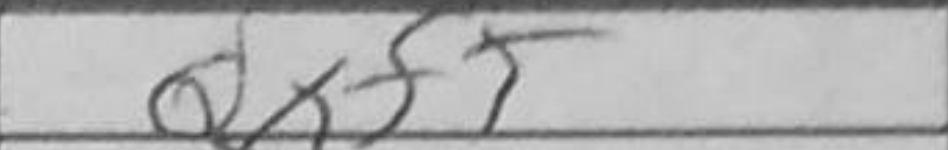
Transcription: Qxf+